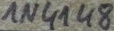
Text: 1N4148